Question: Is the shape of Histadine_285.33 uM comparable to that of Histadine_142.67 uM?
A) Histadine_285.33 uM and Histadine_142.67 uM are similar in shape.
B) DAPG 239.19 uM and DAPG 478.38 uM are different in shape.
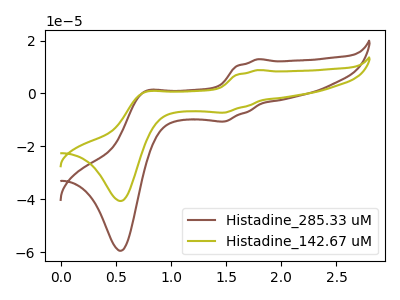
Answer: <think>The brown curve "Histadine_285.33 uM" has anodic peaks at (1.80V, 12.95uA) (0.75V, 0.70uA) and cathodic peaks at (1.50V, -10.60uA) (0.55V, -59.45uA). The olive curve "Histadine_142.67 uM" has anodic peaks at (1.80V, 8.85uA) (0.75V, 0.45uA) and cathodic peaks at (1.50V, -7.25uA) (0.55V, -40.65uA).
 All the peaks in "Histadine_285.33 uM" have a peak in "Histadine_142.67 uM" at the same potential. Every peak in "Histadine_285.33 uM" is higher than every peak in "Histadine_142.67 uM".</think>
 <answer>A) "Histadine_285.33 uM" and "Histadine_142.67 uM" are similar in shape.</answer>
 <eval>A</eval>